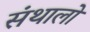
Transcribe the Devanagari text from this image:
संथालो